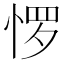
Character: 𰑫